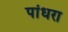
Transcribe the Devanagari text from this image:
पांधरा